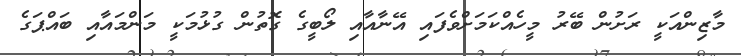
މާޒިންއަކީ ރަށުން ބޭރު މީހެއްކަމަށްވެފައި އޭނާއާއި ލޯބީގެ ގޮތުން ގުޅުމަކީ މަންމައާއި ބައްޕަގެ